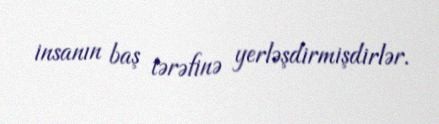
insanın baş tərəfinə yerləşdirmişdirlər.